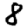
Digit: 8